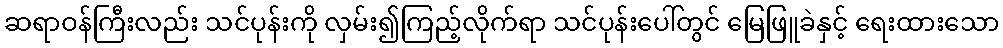
ဆရာဝန်ကြီးလည်း သင်ပုန်းကို လှမ်း၍ကြည့်လိုက်ရာ သင်ပုန်းပေါ်တွင် မြေဖြူခဲနှင့် ရေးထားသော